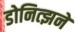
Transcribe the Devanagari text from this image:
डोनित्झने